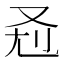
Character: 𰆷